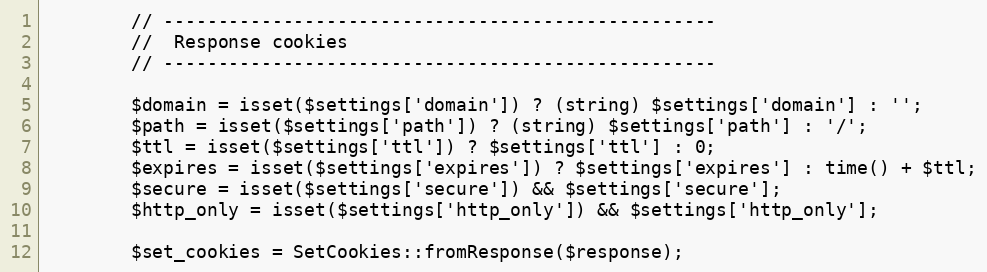
Language: PHP
        // ---------------------------------------------------
        //  Response cookies
        // ---------------------------------------------------

        $domain = isset($settings['domain']) ? (string) $settings['domain'] : '';
        $path = isset($settings['path']) ? (string) $settings['path'] : '/';
        $ttl = isset($settings['ttl']) ? $settings['ttl'] : 0;
        $expires = isset($settings['expires']) ? $settings['expires'] : time() + $ttl;
        $secure = isset($settings['secure']) && $settings['secure'];
        $http_only = isset($settings['http_only']) && $settings['http_only'];

        $set_cookies = SetCookies::fromResponse($response);